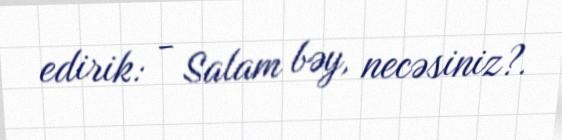
edirik: - Salam bəy, necəsiniz?.